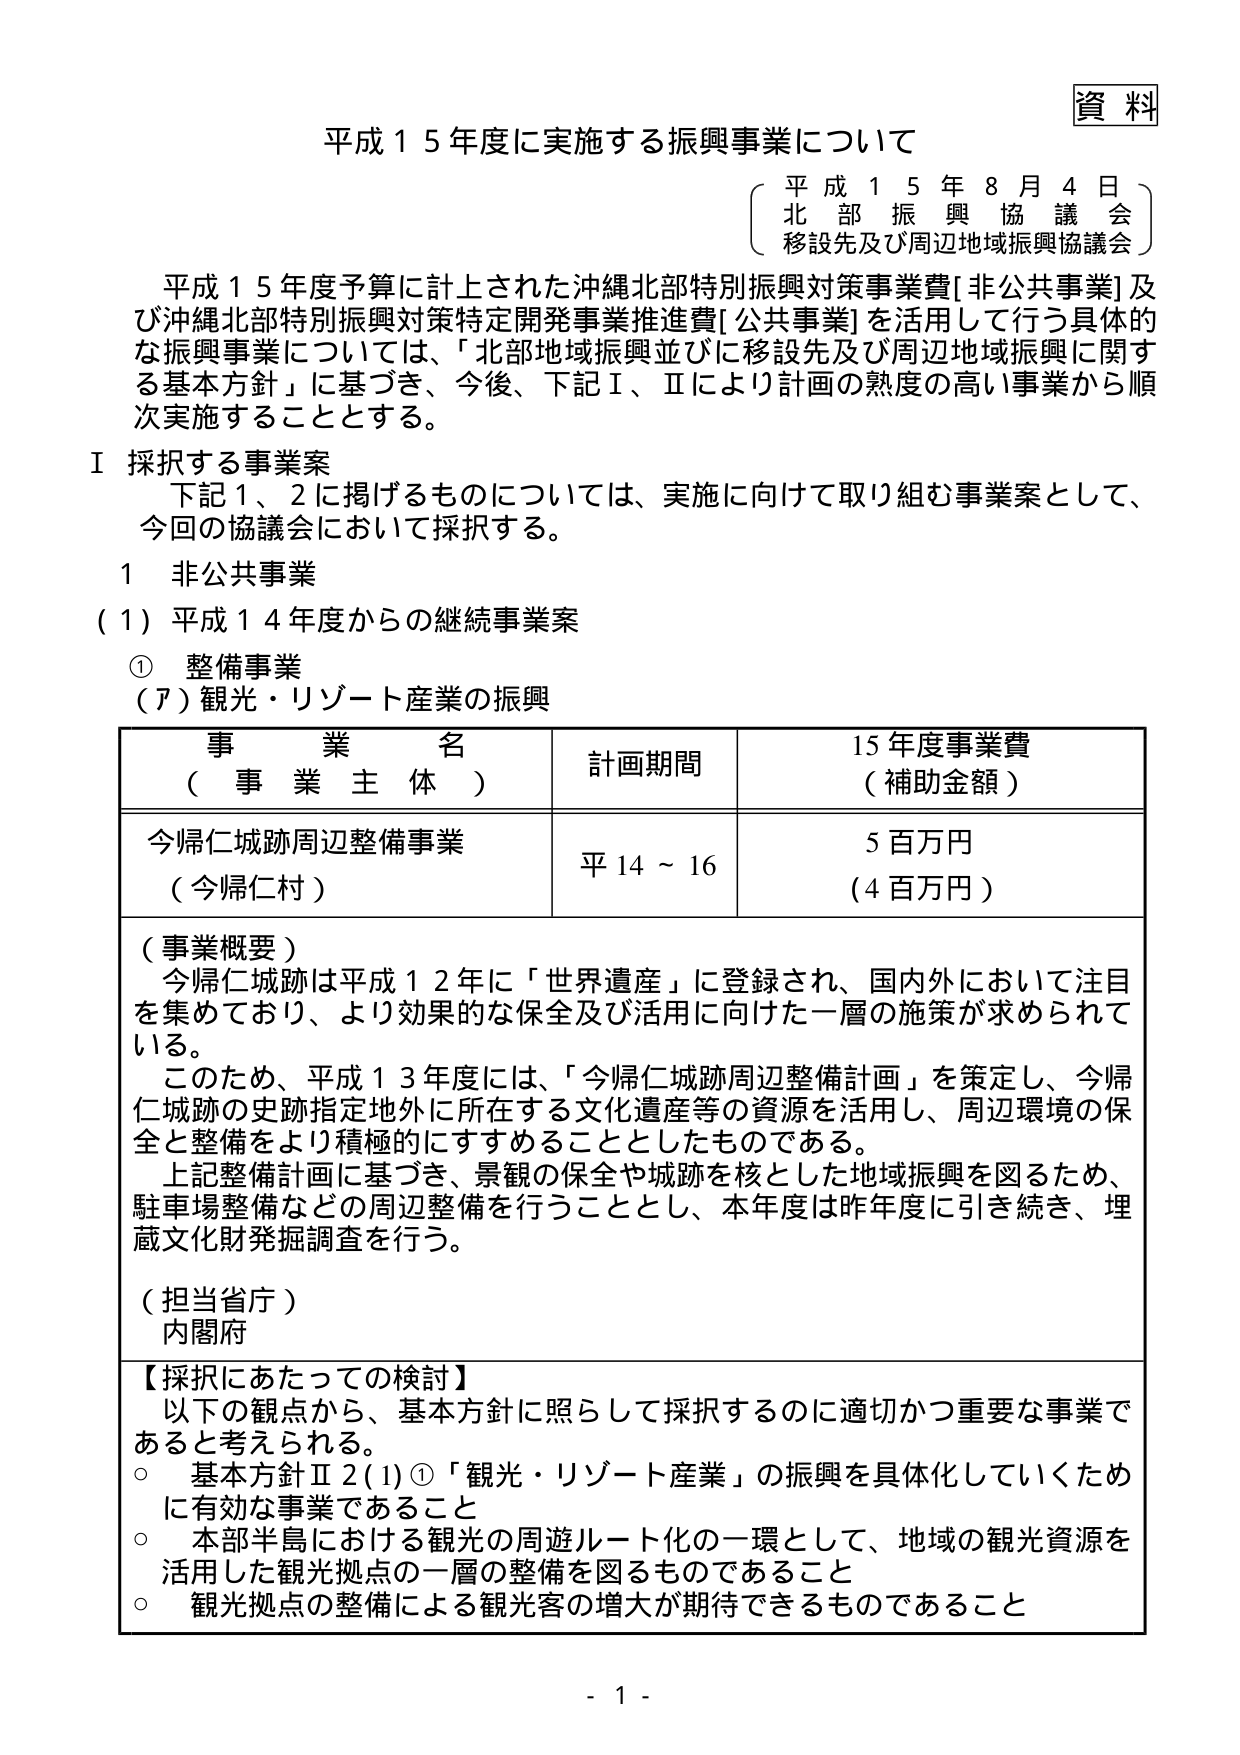
資料
平成１５年度に実施する振興事業について
（平成１５年８月４日）
北部振興協議会
移設先及び周辺地域振興協議会

平成１５年度予算に計上された沖縄北部特別振興対策事業費[非公共事業]及び沖縄北部特別振興対策特定開発事業推進費[公共事業]を活用して行う具体的な振興事業については、「北部地域振興並びに移設先及び周辺地域振興に関する基本方針」に基づき、今後、下記Ⅰ、Ⅱにより計画の熟度の高い事業から順次実施することとする。

Ⅰ 採択する事業案
下記１、２に掲げるもについては、実施に向けて取り組む事業案として、今回の協議会において採択する。

１ 非公共事業
（１）平成１４年度からの継続事業案
① 整備事業
（ア）観光・リゾート産業の振興

| 事業名（事業主体） | 計画期間 | 15年度事業費（補助金額） |
|------------------|----------|--------------------------|
| 今帰仁城跡周辺整備事業（今帰仁村） | 平14～16 | 5百万円（4百万円） |

（事業概要）
今帰仁城跡は平成１２年に「世界遺産」に登録され、国内外において注目を集めており、より効果的な保全及び活用に向けた一層の施策が求められている。
このため、平成１３年度には、「今帰仁城跡周辺整備計画」を策定し、今帰仁城跡の史跡指定地外に所在する文化遺産等の資源を活用し、周辺環境の保全と整備をより積極的にすすめることとしたものである。
上記整備計画に基づき、景観の保全や城跡を核とした地域振興を図るため、駐車場整備などの周辺整備を行うこととし、本年度は昨年度に引き続き、埋蔵文化財発掘調査を行う。

（担当省庁）
内閣府

【採択にあたっての検討】
以下の観点から、基本方針に照らして採択するのに適切かつ重要な事業であると考えられる。
○ 基本方針Ⅱ２（1）①「観光・リゾート産業」の振興を具体化していくために有効な事業であること
○ 本部半島における観光の周遊ルート化の一環として、地域の観光資源を活用した観光拠点の一層の整備を図るものであること
○ 観光拠点の整備による観光客の増大が期待できるものであること

- 1 -